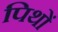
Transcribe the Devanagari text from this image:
पिथों